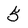
Character: 5